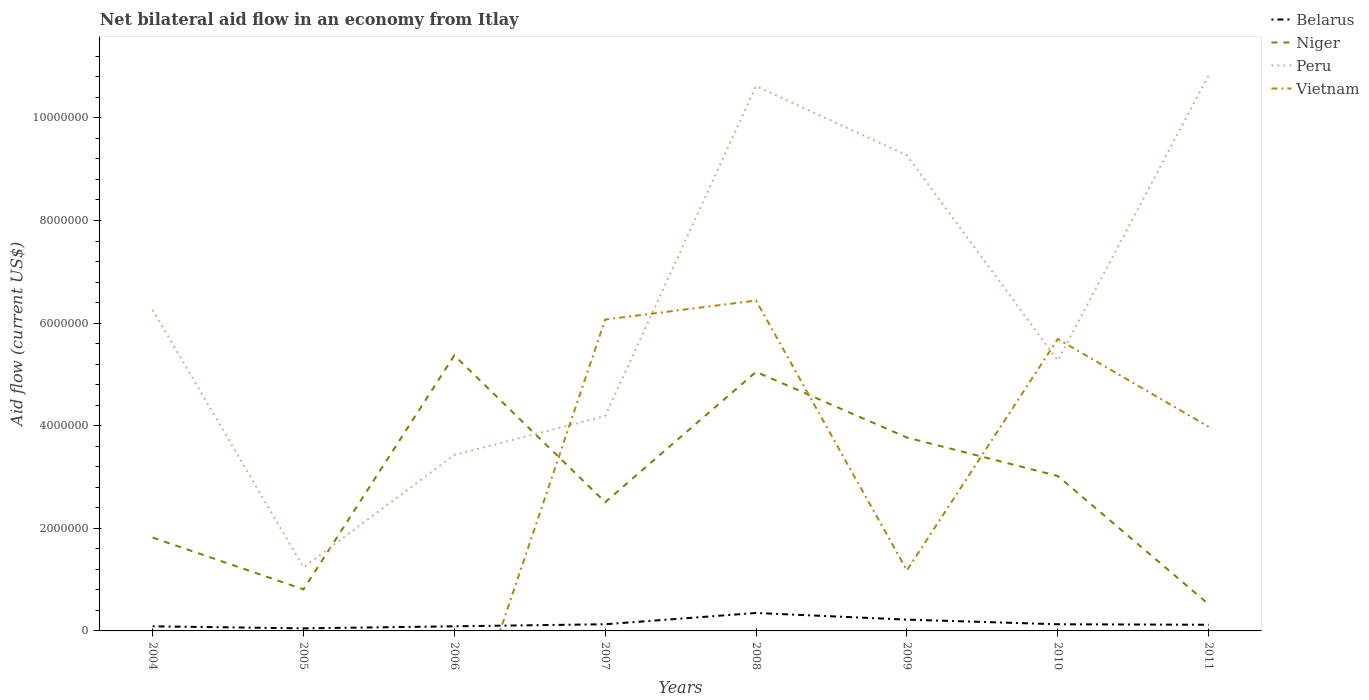
| Years | Belarus | Niger | Peru | Vietnam |
 | --- | --- | --- | --- | --- |
 | 2004 | 9e+04 | 1.82e+06 | 6.26e+06 | -4.28e+06 |
 | 2005 | 5e+04 | 8.1e+05 | 1.24e+06 | -3.19e+06 |
 | 2006 | 9e+04 | 5.37e+06 | 3.43e+06 | -2.64e+06 |
 | 2007 | 1.3e+05 | 2.51e+06 | 4.19e+06 | 6.07e+06 |
 | 2008 | 3.5e+05 | 5.05e+06 | 1.06e+07 | 6.44e+06 |
 | 2009 | 2.2e+05 | 3.77e+06 | 9.27e+06 | 1.18e+06 |
 | 2010 | 1.3e+05 | 3.02e+06 | 5.27e+06 | 5.69e+06 |
 | 2011 | 1.2e+05 | 5.2e+05 | 1.08e+07 | 3.98e+06 |